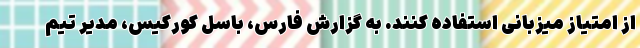
از امتیاز میزبانی استفاده کنند. به گزارش فارس، باسل کورکیس، مدیر تیم